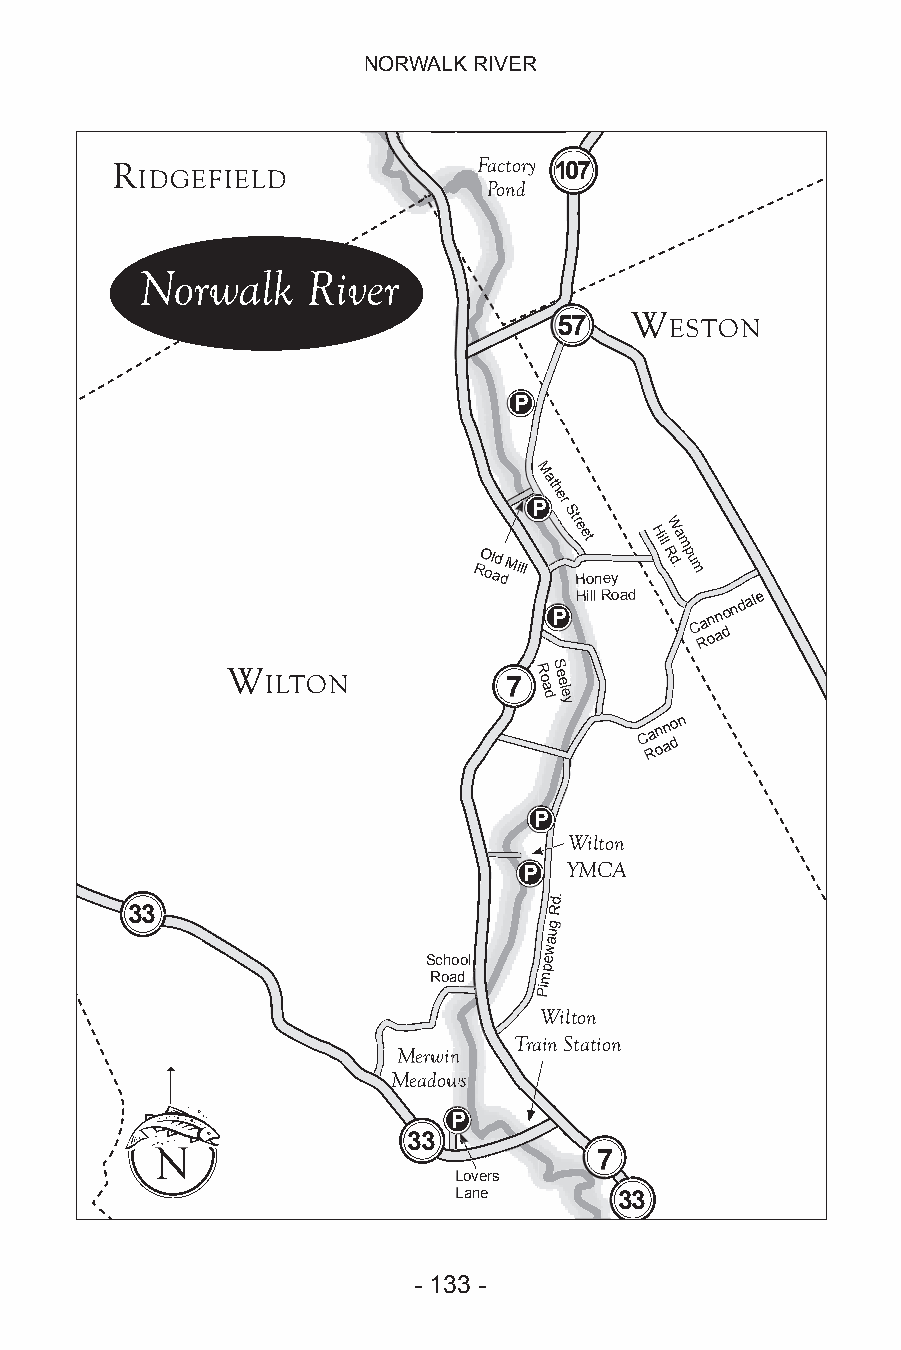
NORWALK RIVER
 RR
 EEDDDDIINNGG
 R IDGEFIELD              FFFaaaccctttooorrryyy 110077
 PPoonndd
 Norwalk    River
 W
 5555555555555577777777777777 ESTON
 P
 M
 at
 h
 Per
 Str
 e et Hill W a
 m
 RO ol ad
 d
 Mill
 HHoonneeyy
 R d.p u m
 P
 HHiillll RRooaadd
 C Ra on an do n d
 ale
 W  ILTON          77 R o a dSS ee ee llee
 yy
 C Ra on an do n
 P
 Wilton
 YMCA
 P
 d.
 33                          R
 g
 u
 a
 w
 School  e
 p
 Road    m
 Pi
 Wilton
 Train Station
 MMeerrwwiinn
 MMMMeeeeaaaaddddoooowwwwssss
 P
 33
 NN
 77
 Lovers
 Lane       33
 - 132 -                    - 133 -